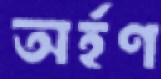
অর্হণ